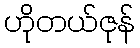
ဟိုတယ်ဇုန်